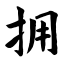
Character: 拥